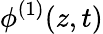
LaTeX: \phi^{(1)}(z,t)